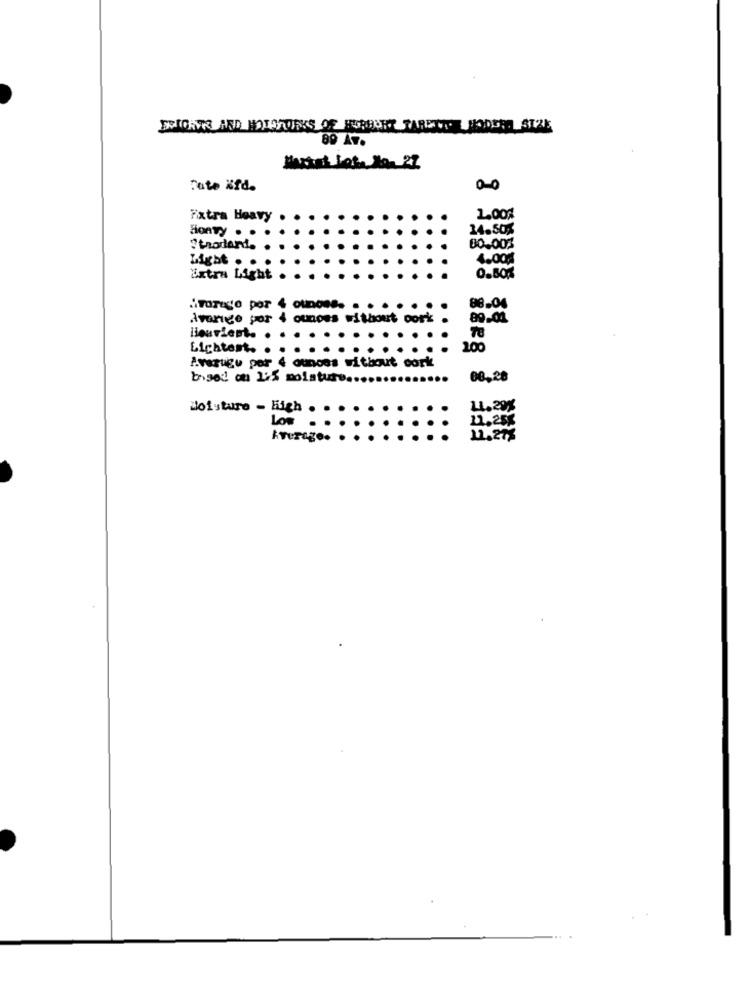
EXIGIR AND HOTSPURKS OF HERBERT FARETI MODERN STAL
Maxtot John las 27
Tate ifd.
Fxtra Heavy
2.00%
SonTy . .
14.50%
trortard.
80-003
Light . .
4.00%
Extra Light
0.50%
i.Tarexo por
ouDOess
08-04
Avarige por 4 ounces without cork
89.01
lieuvient. .
Lichtest ..
200
A.vezugu por 4 ounces without cork
bised! on 125 moisture ....
08,28
doisture - High
11.29%
Los
11.255
kverago.
11.27%